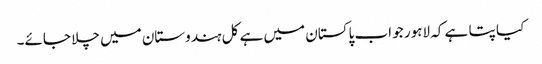
کیا پتا ہے کہ لاہور جو اب پاکستان میں ہے کل ہندوستان میں چلا جائے۔